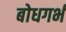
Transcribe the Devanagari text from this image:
बोधगर्भ